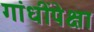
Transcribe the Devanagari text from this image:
गांधींपेक्षा